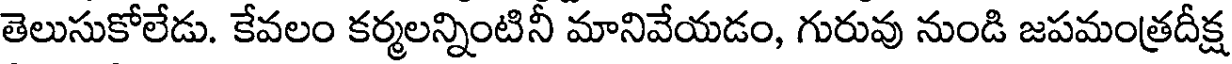
తెలుసుకోలేడు. కేవలం కర్మలన్నింటినీ మానివేయడం, గురువు నుండి జపమంత్రదీక్ష